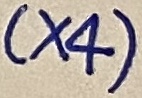
Text: (×4)